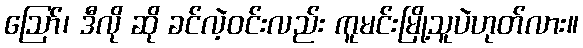
ဪ၊ ဒီလို ဆို ခင်လဲ့ဝင်းလည်း ကူမင်းမြို့သူပဲဟုတ်လား။